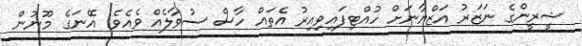
ޝީރީންގެ ނަޒަރު އަޒްޔާނަށް ހުއްޓިފައިވިިއިރު އެތައް ހާސް ސުވާލެއް ވެއެވެ. އޭނަގެ މޫނުން